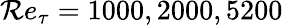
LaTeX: \mathcal{R}e_{\tau}=1000,2000,5200